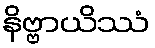
နိဗ္ဗာယိဿံ